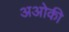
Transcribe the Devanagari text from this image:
अओकी